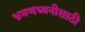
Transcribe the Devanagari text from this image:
भ्रमणध्वनीसाठी